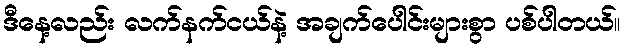
ဒီနေ့လည်း လက်နက်ငယ်နဲ့ အချက်ပေါင်းများစွာ ပစ်ပါတယ်။